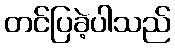
တင်ပြခဲ့ပါသည်